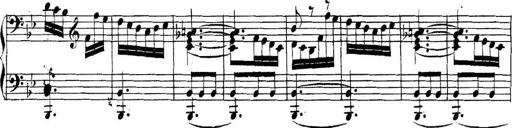
Title: Collected Piano Sonatas
Composer: Muzio Clementi